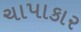
ચાપાકાર